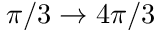
\pi / 3 \to 4 \pi / 3